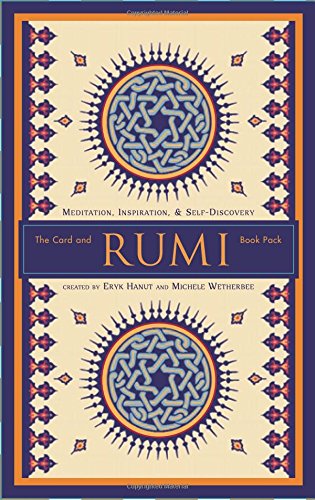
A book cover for Rumi: The Card and Book Pack, Meditation, Inspiration, & Self-Discovery; Rumi; Religion & Spirituality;